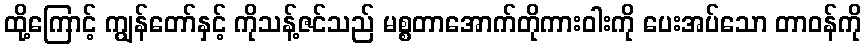
ထို့ကြောင့် ကျွန်တော်နှင့် ကိုသန့်ဇင်သည် မစ္စတာအောက်တိုကားဝါးကို ပေးအပ်သော တာဝန်ကို